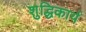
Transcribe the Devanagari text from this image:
शुद्धिकार्य